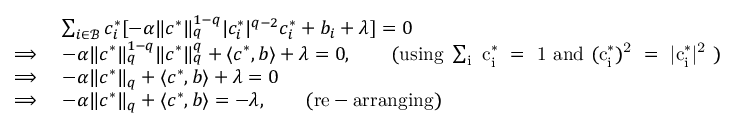
\begin{array} { r l } & { \sum _ { i \in \mathcal { B } } c _ { i } ^ { * } [ - \alpha \lVert c ^ { * } \rVert _ { q } ^ { 1 - q } | c _ { i } ^ { * } | ^ { q - 2 } c _ { i } ^ { * } + b _ { i } + \lambda ] = 0 } \\ { \implies } & { - \alpha \lVert c ^ { * } \rVert _ { q } ^ { 1 - q } \lVert c ^ { * } \rVert _ { q } ^ { q } + \langle c ^ { * } , b \rangle + \lambda = 0 , \qquad \mathrm { ( u s i n g ~ \sum _ i ~ c ^ * _ i ~ = ~ 1 ~ a n d ~ ( c ^ * _ i ) ^ 2 ~ = ~ | c ^ * _ i | ^ 2 ~ ) } } \\ { \implies } & { - \alpha \lVert c ^ { * } \rVert _ { q } + \langle c ^ { * } , b \rangle + \lambda = 0 } \\ { \implies } & { - \alpha \lVert c ^ { * } \rVert _ { q } + \langle c ^ { * } , b \rangle = - \lambda , \qquad \mathrm { ( r e - a r r a n g i n g ) } } \end{array}